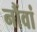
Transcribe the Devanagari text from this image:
नौंवां